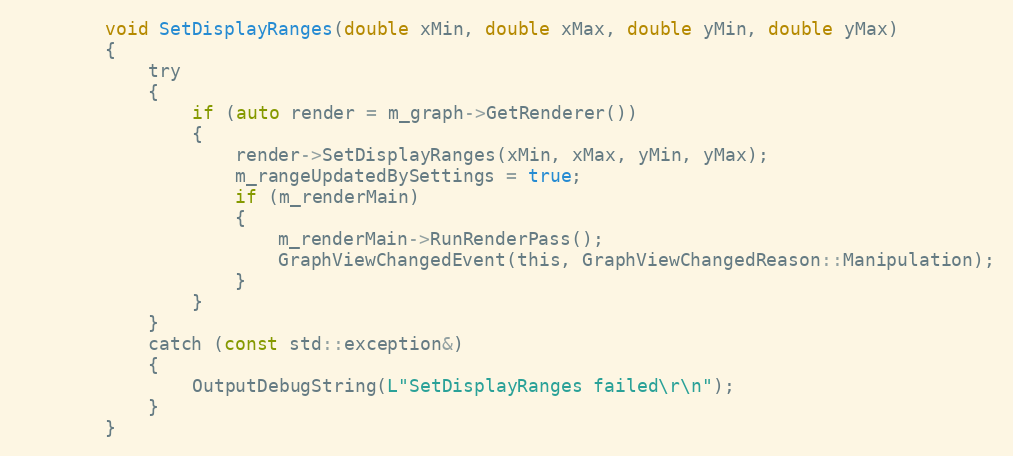
Language: C
        void SetDisplayRanges(double xMin, double xMax, double yMin, double yMax)
        {
            try
            {
                if (auto render = m_graph->GetRenderer())
                {
                    render->SetDisplayRanges(xMin, xMax, yMin, yMax);
                    m_rangeUpdatedBySettings = true;
                    if (m_renderMain)
                    {
                        m_renderMain->RunRenderPass();
                        GraphViewChangedEvent(this, GraphViewChangedReason::Manipulation);
                    }
                }
            }
            catch (const std::exception&)
            {
                OutputDebugString(L"SetDisplayRanges failed\r\n");
            }
        }